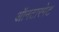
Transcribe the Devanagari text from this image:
ऑनटारगेट